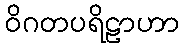
ဝိဂတပရိဠာဟာ